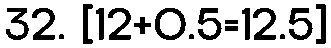
32. [12+0.5=12.5]